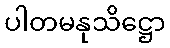
ပါတမနုသိဋ္ဌော